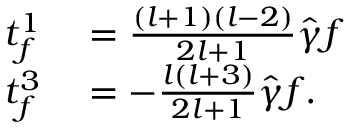
\begin{array} { r l } { t _ { f } ^ { 1 } } & { { } = \frac { ( l + 1 ) ( l - 2 ) } { 2 l + 1 } \hat { \gamma } f } \\ { t _ { f } ^ { 3 } } & { { } = - \frac { l ( l + 3 ) } { 2 l + 1 } \hat { \gamma } f . } \end{array}